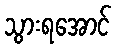
သွားရအောင်